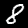
Label: 8